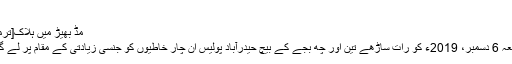
[5]
مڈ بھیڑ میں ہلاک[ترمیم]
جمعہ 6 دسمبر، 2019ء کو رات ساڑھے تین اور چھ بجے کے بیچ حیدرآباد پولیس ان چار خاطیوں کو جنسی زیادتی کے مقام پر لے گئی۔